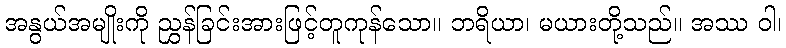
အနွယ်အမျိုးကို ညွှန်ခြင်းအားဖြင့်တူကုန်သော။ ဘရိယာ၊ မယားတို့သည်။ အဿ ဝါ၊